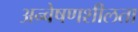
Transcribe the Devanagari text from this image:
अन्वेषणशीलता